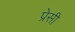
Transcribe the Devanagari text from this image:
प्रेसी